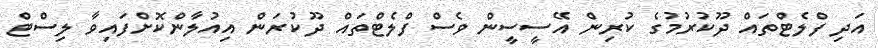
އަދި ފްލެޓްތައް ދޫކުރުމުގެ ކުރިން އޭސީސީން ވެސް ފްލެޓްތައް ދޫކުރަން އިއުލާންކޮށްފައިވާ ލިސްޓް